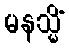
မနသ္မိံ